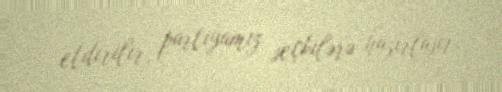
etdirilir, partiyamız seçkilərə hazırlaşır.